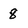
Character: 8